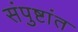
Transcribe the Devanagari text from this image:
संपुष्टांत